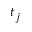
t _ { j }